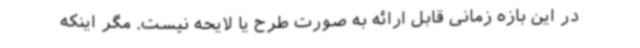
در این بازه زمانی قابل ارائه به صورت طرح یا لایحه نیست. مگر اینکه